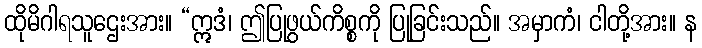
ထိုမိဂါရသူဌေးအား။ “ဣဒံ၊ ဤပြုဖွယ်ကိစ္စကို ပြုခြင်းသည်။ အမှာကံ၊ ငါတို့အား။ န